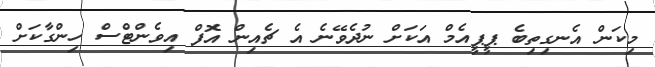
މިކަން އެނގިތިބެ ޕީޕީއެމް އަކަށް ނުދެވޭނެ އެ ޗެއިން އޮފް އިވެންޓްސް ހިންގާކަށް